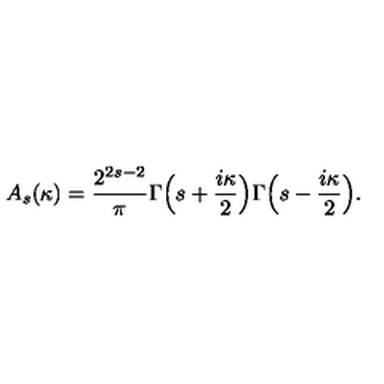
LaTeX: A _ { s } ( \kappa ) = \frac { 2 ^ { 2 s - 2 } } { \pi } \Gamma \Bigl ( s + \frac { i \kappa } { 2 } \Bigr ) \Gamma \Bigl ( s - \frac { i \kappa } { 2 } \Bigr ) .